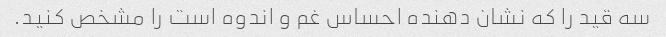
سه قید را که نشان دهنده احساس غم و اندوه است را مشخص کنید.